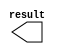
module com_cm_10 (
	result);

	output	[17:0]  result;

endmodule